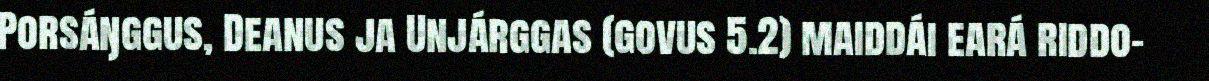
Porsáŋggus, Deanus ja Unjárggas (govus 5.2) maiddái eará riddo-